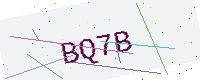
Text: BQ7B